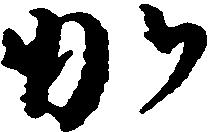
か